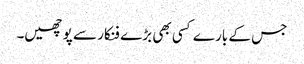
جس کے بارے کسی بھی بڑے فنکار سے پوچھیں۔